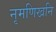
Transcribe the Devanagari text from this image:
नृमणिखनि